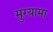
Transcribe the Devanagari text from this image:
मुरयामा